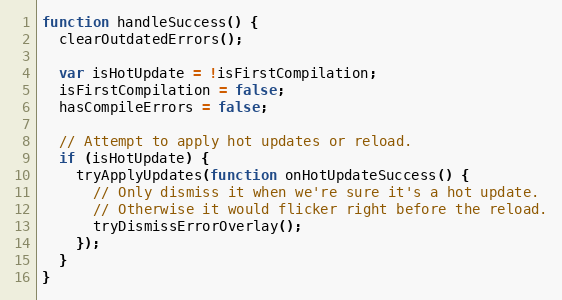
Language: JavaScript
function handleSuccess() {
  clearOutdatedErrors();

  var isHotUpdate = !isFirstCompilation;
  isFirstCompilation = false;
  hasCompileErrors = false;

  // Attempt to apply hot updates or reload.
  if (isHotUpdate) {
    tryApplyUpdates(function onHotUpdateSuccess() {
      // Only dismiss it when we're sure it's a hot update.
      // Otherwise it would flicker right before the reload.
      tryDismissErrorOverlay();
    });
  }
}